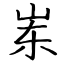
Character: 岽